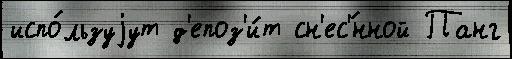
испо́льзуjут д'епоз'и́т сн'ес'́нной Панг